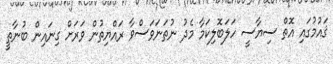
ޤައުމުގައި އޮތް ސިޔާސީ ހަލަބޮލިކަމާ މެދު ނުތަނަވަސްވާ ރައްޔިތުން ވަރަށް ގިނައިން ބުނާތީ